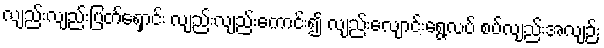
လျည်းလျည်းပြတ်ရှောင်း လျည်းလျည်းကောင်း၍ လျည်းလျောင်းရွေ့လပ် စပ်လျည်းအလျဉ်း